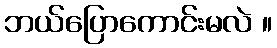
ဘယ်ပြောကောင်းမလဲ ။